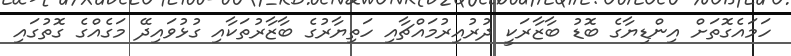
ހަމައެގޮތަށް އިންޑިޔާގެ ބޮޑު ބާޒާރަކީ ދުރުއިރުމައްޗާއި ހަތިޔާރުގެ ބާޒާރުތަކާއި ގުޅުވައިދޭ މަގެއްގެ ގޮތުގައި